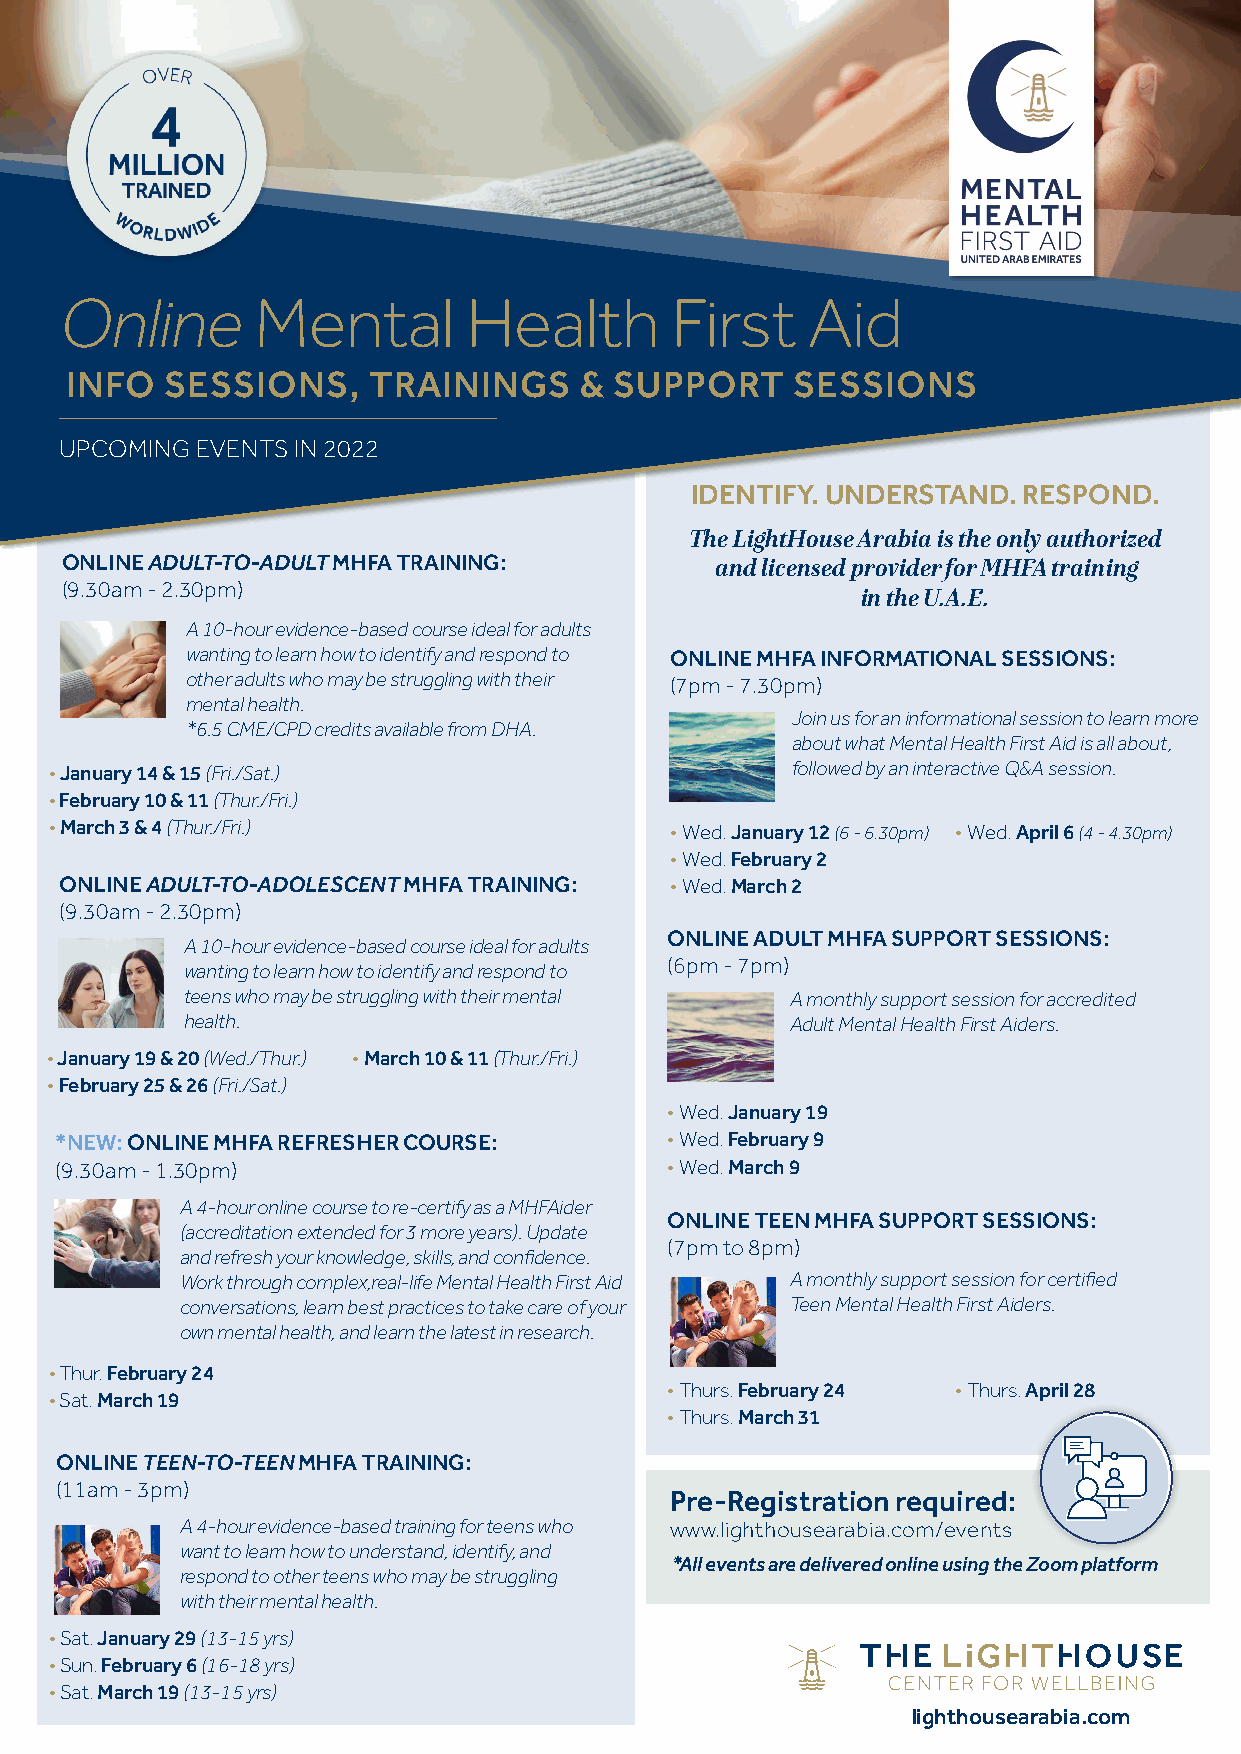
Online       Mental        Health       First     Aid
 INFO   SESSIONS,    TRAININGS     &  SUPPORT    SESSIONS
 UPCOMING EVENTS IN 2022
 IDENTIFY. UNDERSTAND. RESPOND.
 The LightHouse Arabia is the only authorized
 ONLINE ADULT-TO-ADULT MHFA TRAINING:       and licensed provider for MHFA training
 (9.30am - 2.30pm)
 in the U.A.E.
 A 10-hour evidence-based course ideal for adults
 wanting to learn how to identify and respond to ONLINE MHFA INFORMATIONAL SESSIONS:
 other adults who may be struggling with their (7pm - 7.30pm)
 mental health.
 Join us for an informational session to learn more
 *6.5 CME/CPD credits available from DHA.
 about what Mental Health First Aid is all about,
 • January 14 & 15 (Fri./Sat.)                    followed by an interactive Q&A session.
 • February 10 & 11 (Thur./Fri.)
 • March 3 & 4 (Thur./Fri.)               • Wed. January 12 (6 - 6.30pm) • Wed. April 6 (4 - 4.30pm)
 • Wed. February 2
 ONLINE ADULT-TO-ADOLESCENT MHFA TRAINING: • Wed. March 2
 (9.30am - 2.30pm)
 ONLINE ADULT MHFA SUPPORT SESSIONS:
 A 10-hour evidence-based course ideal for adults
 wanting to learn how to identify and respond to (6pm - 7pm)
 teens who may be struggling with their mental A monthly support session for accredited
 health.                                 Adult Mental Health First Aiders.
 • January 19 & 20 (Wed./Thur.) • March 10 & 11 (Thur./Fri.)
 • February 25 & 26 (Fri./Sat.)
 • Wed. January 19
 *NEW: ONLINE MHFA REFRESHER COURSE:     • Wed. February 9
 (9.30am - 1.30pm)                       • Wed. March 9
 A 4-hour online course to re-certify as a MHFAider
 ONLINE TEEN MHFA SUPPORT SESSIONS:
 (accreditation extended for 3 more years). Update
 (7pm to 8pm)
 and refresh your knowledge, skills, and confidence.
 Work through complex,real-life Mental Health First Aid A monthly support session for certified
 conversations, learn best practices to take care of your Teen Mental Health First Aiders.
 own mental health, and learn the latest in research.
 • Thur. February 24
 • Thurs. February 24 • Thurs. April 28
 • Sat. March 19
 • Thurs. March 31
 ONLINE TEEN-TO-TEEN MHFA TRAINING:
 (11am - 3pm)
 Pre-Registration required:
 A 4-hour evidence-based training for teens who www.lighthousearabia.com/events
 want to learn how to understand, identify, and
 *All events are delivered online using the Zoom platform
 respond to other teens who may be struggling
 with their mental health.
 • Sat. January 29 (13-15 yrs)
 • Sun. February 6 (16-18 yrs)
 • Sat. March 19 (13-15 yrs)
 lighthousearabia.com